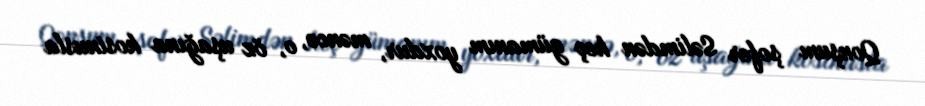
Qonşum şofer Səlimdən heç gümanım yoxdur, məncə, o, öz uşağına kosinusla